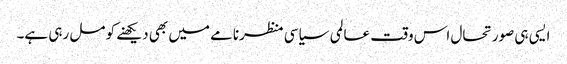
ایسی ہی صورتحال اس وقت عالمی سیاسی منظرنامے میں بھی دیکھنے کو مل رہی ہے۔